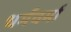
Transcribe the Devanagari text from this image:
धर्मवर्मा